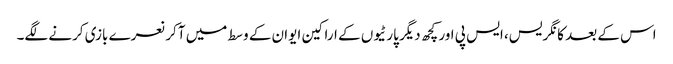
اس کے بعد کانگریس، ایس پی اور کچھ دیگر پارٹیوں کے اراکین ایوان کے وسط میں آکر نعرے بازی کرنے لگے۔